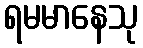
ရမမာနေသု